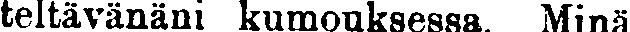
teltävänäni kumouksessa. Minä